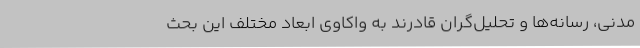
مدنی، رسانه‌ها و تحلیل‌گران قادرند به واکاوی ابعاد مختلف این بحث